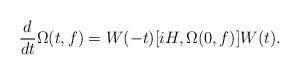
LaTeX: \begin{align*}\frac{d}{dt} \Omega (t,f) = W(-t) [iH , \Omega (0, f)] W(t) .\end{align*}